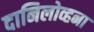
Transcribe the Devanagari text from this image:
दानिलोव्हना